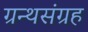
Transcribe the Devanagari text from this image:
ग्रन्थसंग्रह